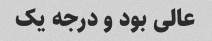
عالی بود و درجه یک